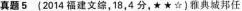
真题5（2014福建文综，18，4分，★★☆)雅典城邦任